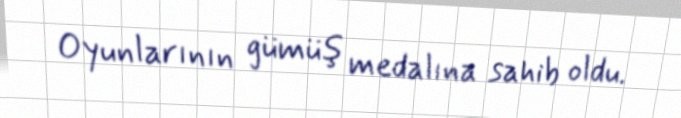
Oyunlarının gümüş medalına sahib oldu.